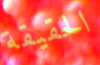
الحقيقة